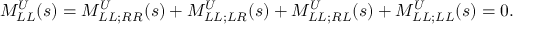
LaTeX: M _ { L L } ^ { U } ( s ) = M _ { L L ; R R } ^ { U } ( s ) + M _ { L L ; L R } ^ { U } ( s ) + M _ { L L ; R L } ^ { U } ( s ) + M _ { L L ; L L } ^ { U } ( s ) = 0 .